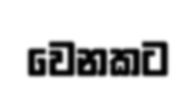
වෙනකට